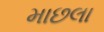
માછલા